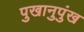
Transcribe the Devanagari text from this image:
पुखानुपुंख